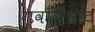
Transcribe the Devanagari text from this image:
ग्वारीघाट